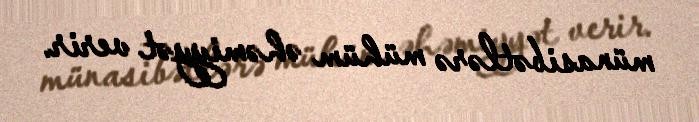
münasibətlərə mühüm əhəmiyyət verir.